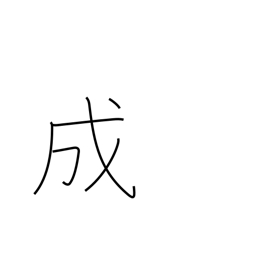
Meaning: grow